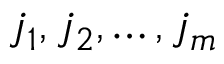
j _ { 1 } , j _ { 2 } , \dots , j _ { m }